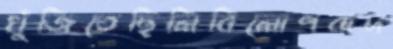
খুঁজিতেছিলিবিলোপবাদ